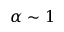
\alpha \sim 1